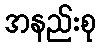
အနည်းစု